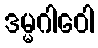
ဒမ္မဂါဝေါ